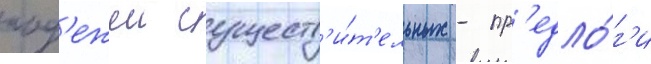
пад'ежеи существ'и́т'ельных - пр'едло́г'и